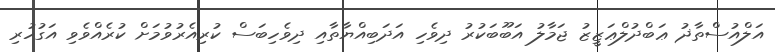
އަލްއުސްތާޛު ޢަބްދުލްޢަޒީޒު ޖަމާލު އަބޫބަކުރު ދިވެހި އަދަބިއްޔާތާއި ދިވެހިބަސް ކުރިއެރުވުމަށް ކުރެއްވެވި އަގުހުރި